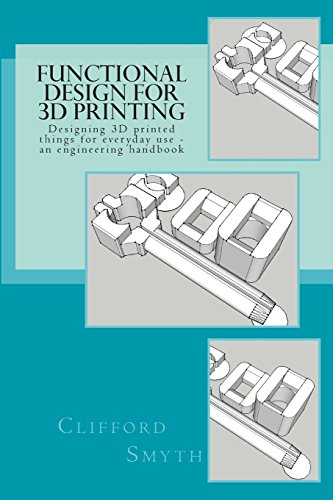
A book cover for Functional Design for 3D Printing: Designing 3D printed things for everyday use - an engineering handbook; Mr Clifford T Smyth; Computers & Technology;